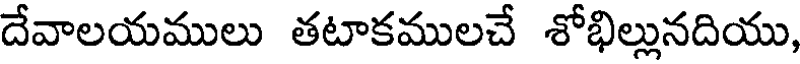
దేవాలయములు తటాకములచే శోభిల్లునదియు,